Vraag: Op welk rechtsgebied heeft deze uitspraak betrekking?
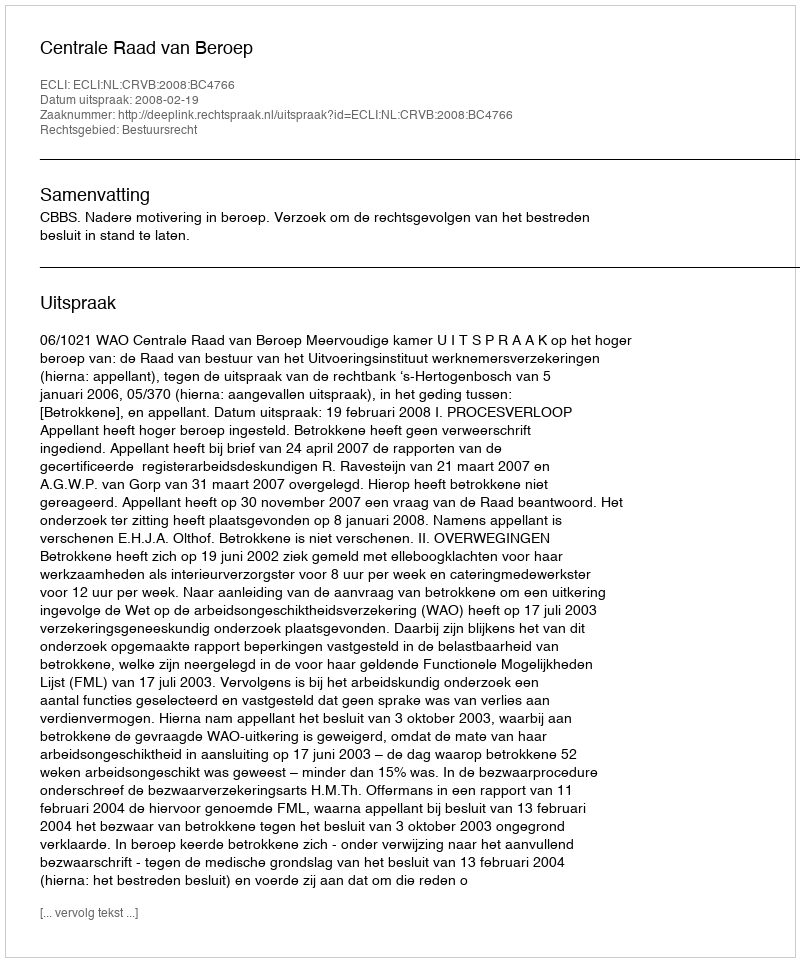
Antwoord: Bestuursrecht